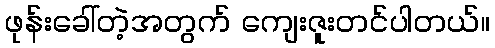
ဖုန်းခေါ်တဲ့အတွက် ကျေးဇူးတင်ပါတယ်။